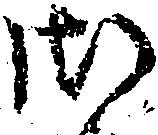
御